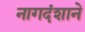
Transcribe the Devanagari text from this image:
नागदंशाने